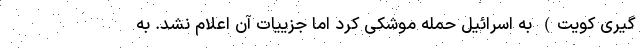
گیری کویت) به اسرائیل حمله موشکی کرد اما جزییات آن اعلام نشد. به